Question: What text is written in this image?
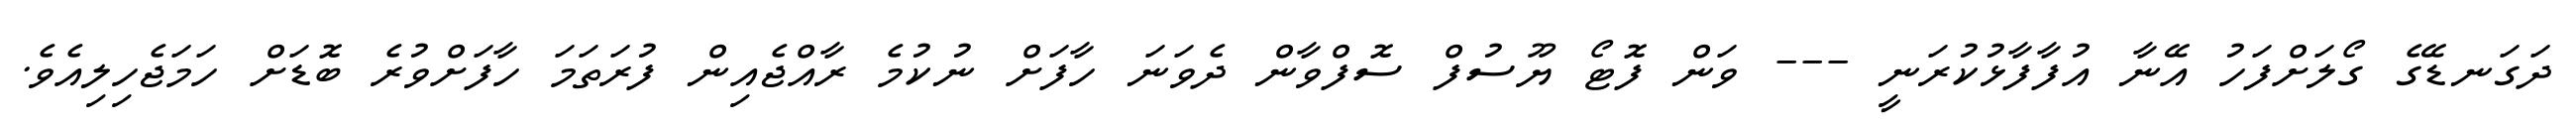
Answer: ދަގަނޑޭގެ ގޯލަށްފަހު އޭނާ އުފާފާޅުކުރަނީ --- ވަން ފޮޓޯ ޔޫސުފް ސޮފްވާން ދެވަނަ ހާފަށް ނުކުމެ ރާއްޖެއިން ފުރަތަމަ ހާފަށްވުރެ ބޮޑަށް ހަމަޖެހިލިއެވެ.